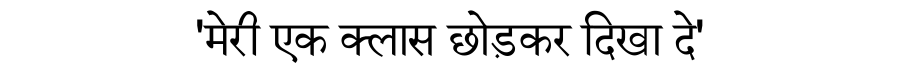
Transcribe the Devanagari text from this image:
'मेरी एक क्लास छोड़कर दिखा दे'